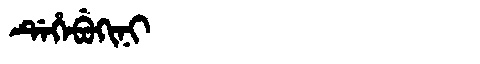
Manchu: ᡩᡝᡥᡝᠪᡠᡴᡳᠨᡳ
Romanization: DEHEBUKINI